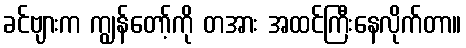
ခင်ဗျားက ကျွန်တော့်ကို တအား အထင်ကြီးနေလိုက်တာ။